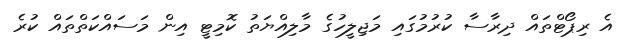
އެ ރިޕޯޓްތައް ދިރާސާ ކުރުމުގައި މަޖިލީހުގެ މާލިއްޔަތު ކޮމިޓީ އިން މަސައްކަތްތައް ކުރެ